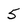
Character: 5